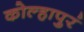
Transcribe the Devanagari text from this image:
कोल्हापुरं